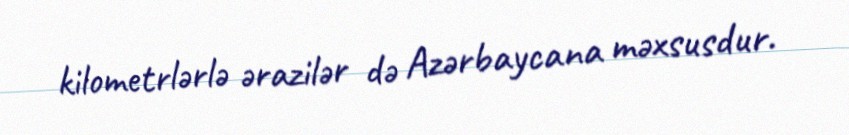
kilometrlərlə ərazilər də Azərbaycana məxsusdur.